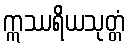
ဣဿရိယသုတ္တံ